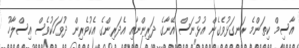
އާސިމް ކިތަންމެ ރަނގަޅުވެގެން އުޅުނަސް އޭނާގެ ދަރިންނާއި އެދަރިންގެ އެކުވެރިން ދުވަހަކުވެސް އިސްލާހު